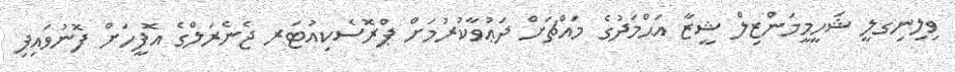
ވިލިނިގލީ ޝަހީމީމަންޒިލް ޝީޒާ އަޙްމަދުގެ މައްޗަށް ދަޢުވާކުރުމަށް ޕްރޮސެކިއުޓަރ ޖެނެރަލްގެ އޮފީހަށް ފޮނުވައިފި